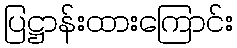
ပြဋ္ဌာန်းထားကြောင်း